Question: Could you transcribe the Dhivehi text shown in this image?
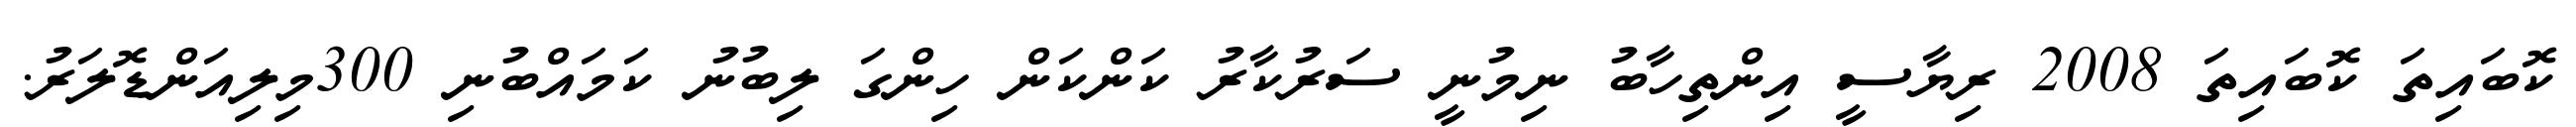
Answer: ކޮބައިތަ ކޮބައިތަ 2008 ރިޔާސީ އިންތިހާބު ނިމުނީ ސަރުކާރު ކަންކަން ހިންގަ ލިބުނު ކަމައްބުނި 300މިލިއަންޑޮލަރު.